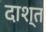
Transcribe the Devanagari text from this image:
दाश्त